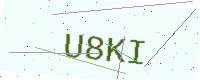
Text: U8KI